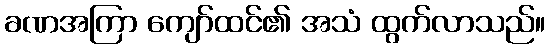
ခဏအကြာ ကျော်ထင်၏ အသံ ထွက်လာသည်။